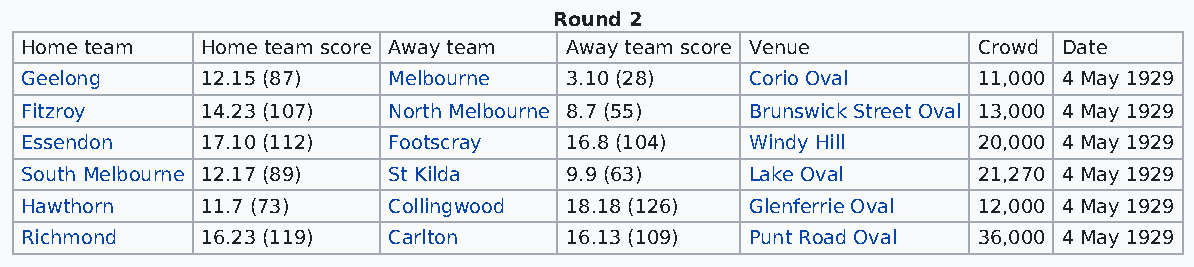
Round 2
 Home team   Home team score Away team Away team score Venue     Crowd Date
 Geelong     12.15 (87)   Melbourne  3.10 (28)    Corio Oval     11,000 4 May 1929
 Fitzroy     14.23 (107)  North Melbourne 8.7 (55) Brunswick Street Oval 13,000 4 May 1929
 Essendon    17.10 (112)  Footscray  16.8 (104)   Windy Hill     20,000 4 May 1929
 South Melbourne 12.17 (89) St Kilda 9.9 (63)     Lake Oval      21,270 4 May 1929
 Hawthorn    11.7 (73)    Collingwood 18.18 (126) Glenferrie Oval 12,000 4 May 1929
 Richmond    16.23 (119)  Carlton    16.13 (109)  Punt Road Oval 36,000 4 May 1929